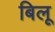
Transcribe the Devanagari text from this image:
बिलू